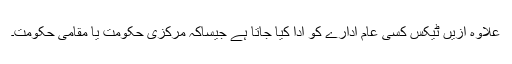
علاوہ ازیں ٹیکس کسی عام ادارے کو ادا کیا جاتا ہے جیساکہ مرکزی حکومت یا مقامی حکومت۔